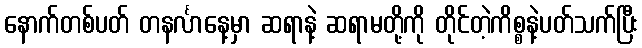
နောက်တစ်ပတ် တနင်္လာနေ့မှာ ဆရာနဲ့ ဆရာမတို့ကို တိုင်တဲ့ကိစ္စနဲ့ပတ်သက်ပြီး